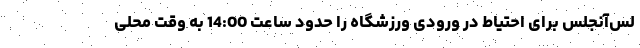
لس‌آنجلس برای احتیاط درِ ورودی ورزشگاه را حدود ساعت 14:00 به وقت محلی